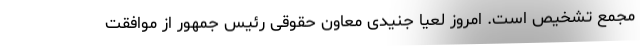
مجمع تشخیص است. امروز لعیا جنیدی معاون حقوقی رئیس جمهور از موافقت